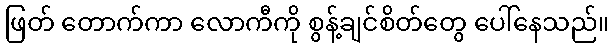
ဖြတ် တောက်ကာ လောကီကို စွန့်ချင်စိတ်တွေ ပေါ်နေသည်။